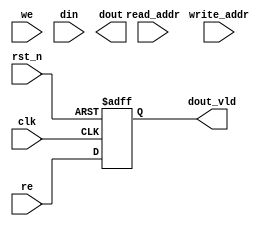
//////////////////////////////////////////////////////////////////////////////////
// Company: 
// Engineer: 
// 
// Design Name: 
// Module Name: react_top
// Project Name: 
// Target Devices: 
// Tool Versions: 
// Description: 
// 
// Dependencies: 
// 
// Revision:
// Revision 0.01 - File Created
// Additional Comments:
// 
//////////////////////////////////////////////////////////////////////////////////


module ram_simple_dual
# (
  parameter w = 128,
  parameter d = 128
)
(
  input                   clk,  // common clock for read/write access
  input                   rst_n,
  input                   we,   // active high write enable
  // input   [$clog2(d)-1:0] write_addr, 
  input   [32-1:0] write_addr, 
  input   [w-1:0]         din,    // data in

  input                   re,   // active high read enable
  input   [32-1:0] read_addr,   // read address
  output                   dout_vld,
  output  [w-1:0]         dout     // data out
); // ram_simple_dual

reg                 dout_vld_r;

always @(posedge clk or negedge rst_n)
if(!rst_n) begin
    dout_vld_r <= 1'b0;
end
else begin
    dout_vld_r <= re;
end

assign dout_vld = dout_vld_r;

  // get output
  generate
    /*
    if(w == 128 && d == 128)  
    begin
        ram_naive_128_128_1r1w u_ram_naive_128_128_1r1w (
        .clka(clk),    // input wire clka
        .ena(we),      // input wire ena // use as write port
        .wea(we),      // input wire [0 : 0] wea
        .addra(write_addr[$clog2(d)-1:0]),  // input wire [6 : 0] addra
        .dina(din),    // input wire [127 : 0] dina
        .clkb(clk),    // input wire clkb
        .enb(re),      // input wire enb
        .addrb(read_addr[$clog2(d)-1:0]),  // input wire [6 : 0] addrb
        .doutb(dout)  // output wire [127 : 0] doutb
        );
    end
    else if(w == 16 && d == 4096)  
    begin
        ram_naive_16_4096_1r1w u_ram_naive_16_4096_1r1w (
        .clka(clk),    // input wire clka
        .ena(we),      // input wire ena // use as write port
        .wea(we),      // input wire [0 : 0] wea
        .addra(write_addr[$clog2(d)-1:0]),  // input wire [6 : 0] addra
        .dina(din),    // input wire [127 : 0] dina
        .clkb(clk),    // input wire clkb
        .enb(re),      // input wire enb
        .addrb(read_addr[$clog2(d)-1:0]),  // input wire [6 : 0] addrb
        .doutb(dout)  // output wire [127 : 0] doutb
        );
    end
    */
    if(w == 16 && d == 512)  
    begin
        ram_naive_16_512_1r1w u_ram_naive_16_512_1r1w (
        .clka(clk),    // input wire clka
        .ena(we),      // input wire ena // use as write port
        .wea(we),      // input wire [0 : 0] wea
        .addra(write_addr[$clog2(d)-1:0]),  // input wire [6 : 0] addra
        .dina(din),    // input wire [127 : 0] dina
        .clkb(clk),    // input wire clkb
        .enb(re),      // input wire enb
        .addrb(read_addr[$clog2(d)-1:0]),  // input wire [6 : 0] addrb
        .doutb(dout)  // output wire [127 : 0] doutb
        );
    end
    else if(w == 16 && d == 1024)  
    begin
        ram_naive_16_1024_1r1w u_ram_naive_16_1024_1r1w (
        .clka(clk),    // input wire clka
        .ena(we),      // input wire ena // use as write port
        .wea(we),      // input wire [0 : 0] wea
        .addra(write_addr[$clog2(d)-1:0]),  // input wire [6 : 0] addra
        .dina(din),    // input wire [127 : 0] dina
        .clkb(clk),    // input wire clkb
        .enb(re),      // input wire enb
        .addrb(read_addr[$clog2(d)-1:0]),  // input wire [6 : 0] addrb
        .doutb(dout)  // output wire [127 : 0] doutb
        );
    end
    // else if (WIDTH_A == 17) begin
    //    addsub_17b u_adder (
    //     .A(A_dat),      // input wire [15 : 0] A
    //     .B(B_dat),      // input wire [15 : 0] B
    //     .CLK(clk),  // input wire CLK
    //     .S(S_dat)      // output wire [16 : 0] S
    //   );
    // end
  endgenerate 


endmodule // ram_simple_dual